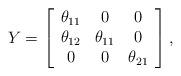
LaTeX: \begin{align*}Y = \left[ \begin{array}{c c c} \theta_{11} & 0 & 0 \\ \theta_{12} & \theta_{11}& 0 \\0 & 0& \theta_{21} \\\end{array} \right] ,\end{align*}